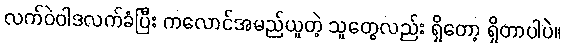
လက်ဝဲဝါဒလက်ခံပြီး ကလောင်အမည်ယူတဲ့ သူတွေလည်း ရှိတော့ ရှိတာပါပဲ။